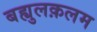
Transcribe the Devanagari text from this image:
बह्युलक़लम